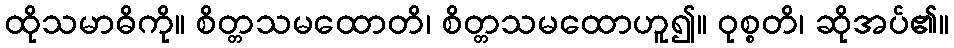
ထိုသမာဓိကို။ စိတ္တသမထောတိ၊ စိတ္တသမထောဟူ၍။ ဝုစ္စတိ၊ ဆိုအပ်၏။